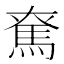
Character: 𩢙